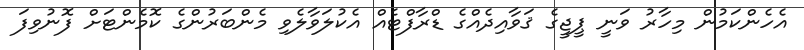
އެހެންކަމުން މިހާރު ވަނީ ޕީޖީގެ ޤަވާއިދެއްގެ ޑްރާފްޓެއް އެކުލަވާލެވި މެންބަރުންގެ ކޮމެންޓަށް ފޮނުވިފަ